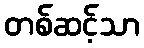
တစ်ဆင့်သာ